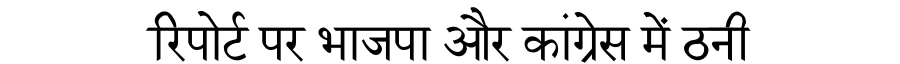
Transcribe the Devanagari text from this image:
रिपोर्ट पर भाजपा और कांग्रेस में ठनी